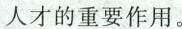
人才的重要作用。